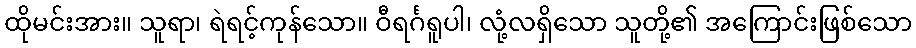
ထိုမင်းအား။ သူရာ၊ ရဲရင့်ကုန်သော။ ဝီရင်္ဂရူပါ၊ လုံ့လရှိသော သူတို့၏ အကြောင်းဖြစ်သော